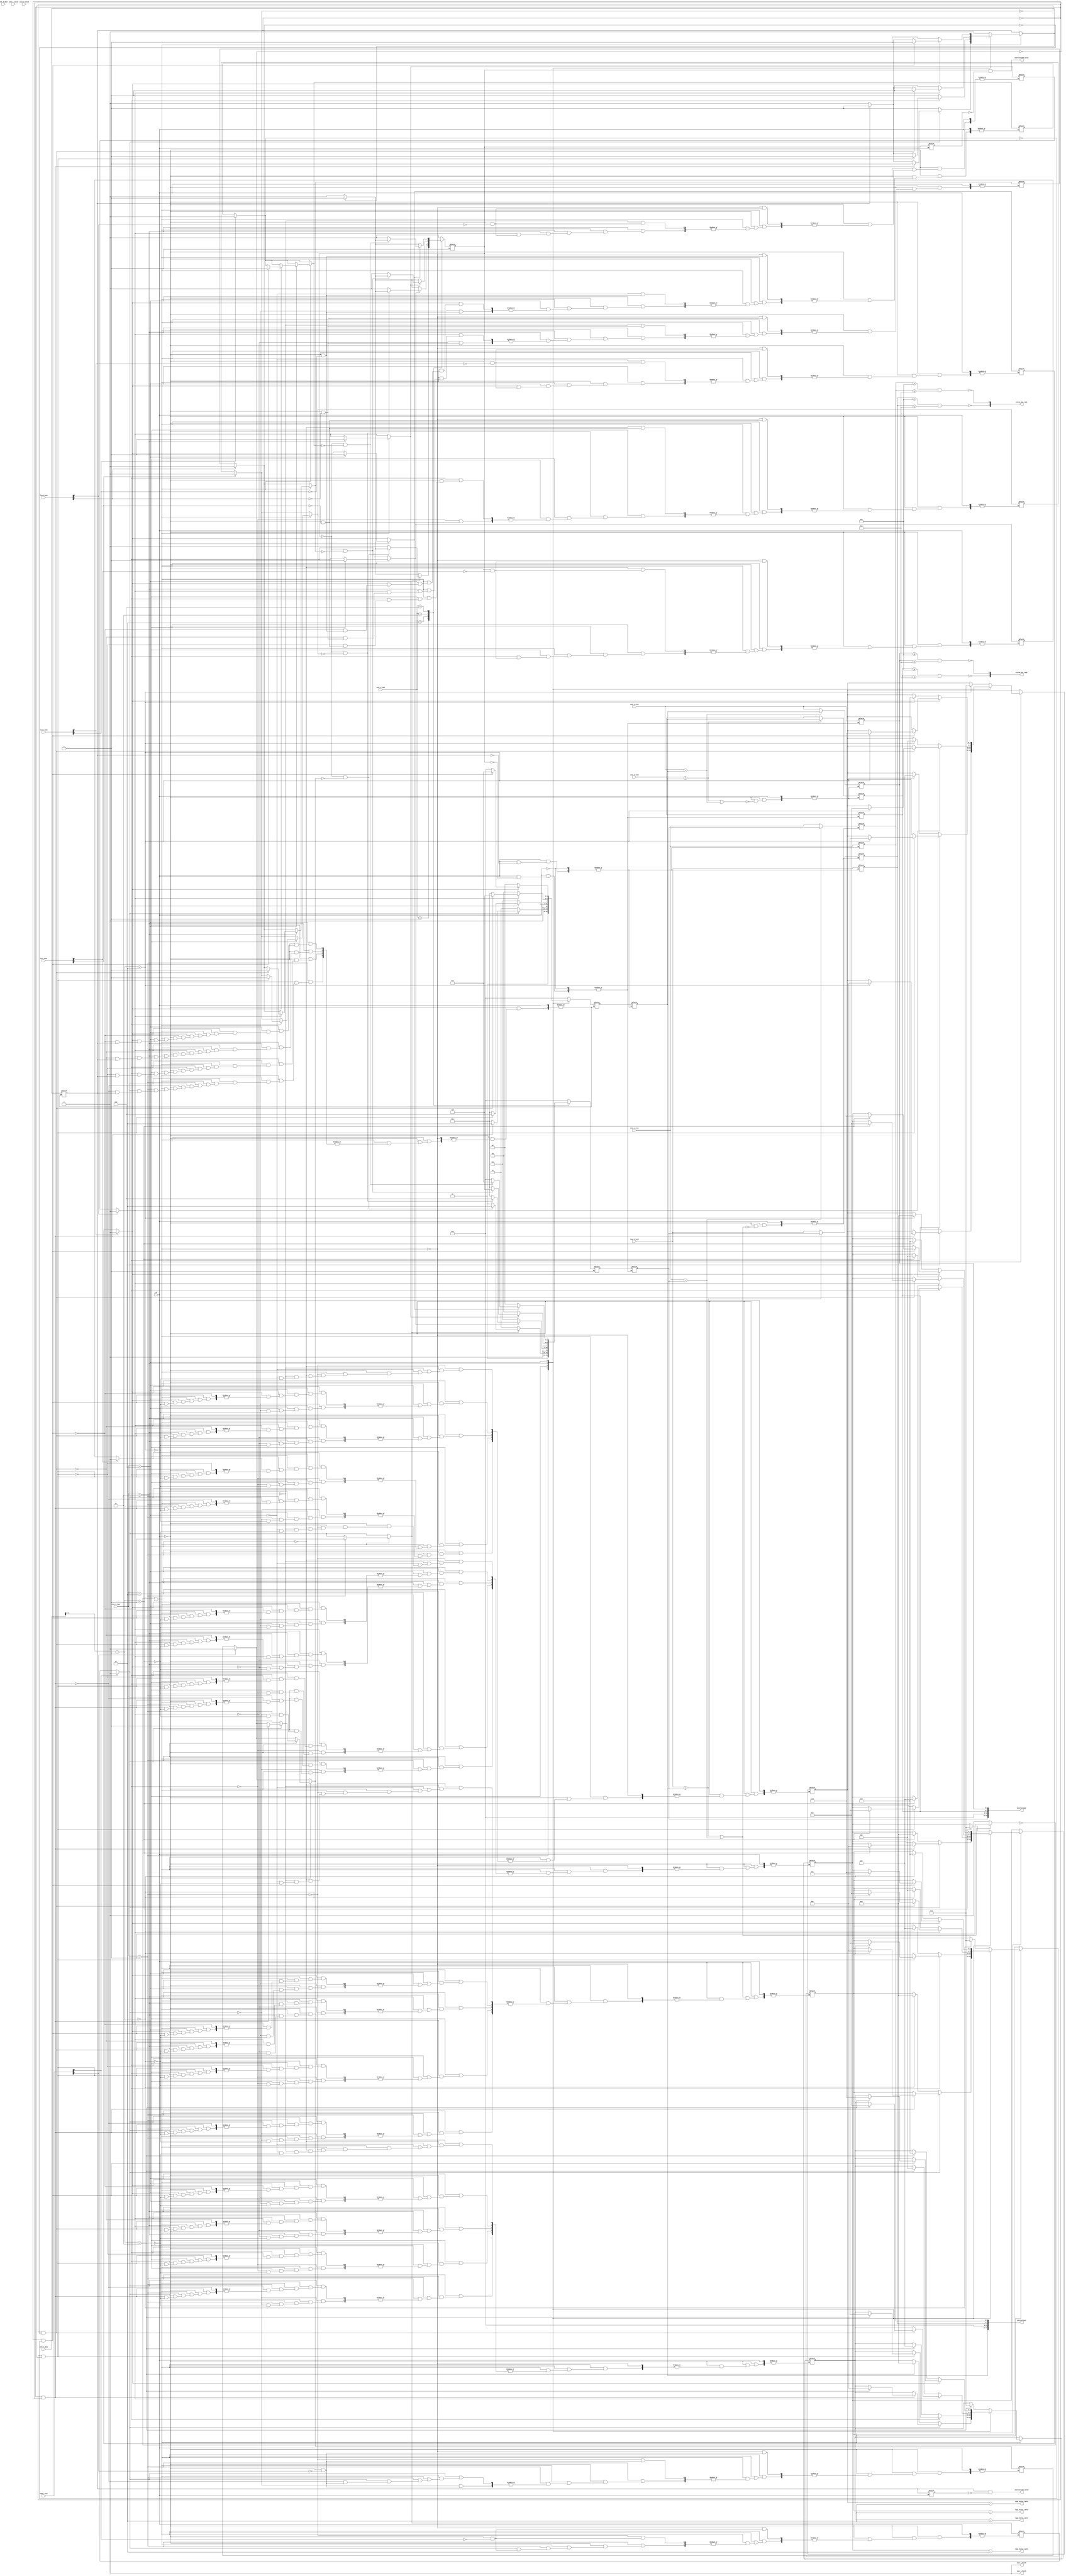
///////////////////////////////////////////////////////////////////////////////////////////
//
// Design Name : inst_dispatch
// Description : Instruction Dispatch Unit
//
///////////////////////////////////////////////////////////////////////////////////////////
module idu #
(
   parameter NUM_RS = 8, // Number of reservation stations in design
   parameter NUM_REG = 4, // Number of registers in the design
   parameter CLK_DELAY    = 2000, // Clock period in ns
   parameter CLK_DELAYBY2 = 1000, // Half Clock period in ns
   parameter INS_PART_WID = 4, // Bitwidth of each part of instruction
   parameter TAG_LEN = 4 // Bit width of tags
)
(
   input clk,

   // Instruction 1 components (First Instruction)
   input inst_1_valid,
   input [INS_PART_WID-1:0] inst_1_type,
   input [INS_PART_WID-1:0] inst_1_dest,
   input [INS_PART_WID-1:0] inst_1_src0,
   input [INS_PART_WID-1:0] inst_1_src1,
   output reg inst_1_fetch,

   // Instruction 2 components (Second Instruction)
   input inst_2_valid,
   input [INS_PART_WID-1:0] inst_2_type,
   input [INS_PART_WID-1:0] inst_2_dest,
   input [INS_PART_WID-1:0] inst_2_src0,
   input [INS_PART_WID-1:0] inst_2_src1,
   output reg inst_2_fetch,

   // Instruction Dispatch Bus 1
   output [INS_PART_WID*4-1:0] instruction1, // <RS_TO_USE, 4'b0000, SOURCE_1, SOURCE_2>
   output                      instruction1_valid,
   output [1:0]                status_bus_tag1,

   // Instruction Dispatch Bus 2
   output [INS_PART_WID*4-1:0] instruction2, // <RS_TO_USE, 4'b0000, SOURCE_1, SOURCE_2>
   output                      instruction2_valid,
   output [1:0]                status_bus_tag2,

   // Done signals from reservation stations
   input [NUM_RS/4-1:0]     adder_done,
   input [NUM_RS/4-1:0]     mult_done,
   input [NUM_RS/4-1:0]     fetch_done,
   input [NUM_RS/4-1:0]     store_done,

   // Register status table to outside logic
   output reg [TAG_LEN+1-1:0]  reg1_status_table, 
   output reg [TAG_LEN+1-1:0]  reg2_status_table, 
   output reg [TAG_LEN+1-1:0]  reg3_status_table, 
   output reg [TAG_LEN+1-1:0]  reg4_status_table 

);

// Define reservation station IDs
localparam ADD_0   = 4'b0001; localparam ADD_1   = 4'b0010;
localparam MULT_0  = 4'b0011; localparam MULT_1  = 4'b0100;
localparam FETCH_0 = 4'b0101; localparam FETCH_1 = 4'b0110;
localparam STORE_0 = 4'b0111; localparam STORE_1 = 4'b1000;


// Reservation Status table: Stores the busy status
// for each reservation station
reg rs_status_table[0:NUM_RS] ;

assign rs_stat_0 = rs_status_table[1];
assign rs_stat_1 = rs_status_table[2];
assign rs_stat_2 = rs_status_table[3];
assign rs_stat_3 = rs_status_table[4];
assign rs_stat_4 = rs_status_table[5];
assign rs_stat_5 = rs_status_table[6];
assign rs_stat_6 = rs_status_table[7];
assign rs_stat_7 = rs_status_table[8];

// Register Status table: Stores the tag from
// which each register obtains its value + status
// bit which indicates whether it's busy
reg [TAG_LEN+1-1:0] reg_status_table[0:NUM_REG] ;

reg dispatch_inst1_d,dispatch_inst1_2d;
reg dispatch_inst2_d,dispatch_inst2_2d;

always @(*)
begin
   reg1_status_table = reg_status_table[0]-2;
   reg2_status_table = reg_status_table[1]-2;
   reg3_status_table = reg_status_table[2]-2;
   reg4_status_table = reg_status_table[3]-2;
end

// Wires and signals
reg [TAG_LEN-1:0] instruction1_src0, instruction1_src1, instruction2_src0, instruction2_src1;
reg [TAG_LEN-1:0] instruction1_rs, instruction2_rs;
reg               inst1_stall, inst2_stall;
reg               dispatch_inst1, dispatch_inst2;
reg [TAG_LEN-1:0] inst1_rs, inst2_rs;
wire              inst2_to_inst1;
integer           i;

initial begin
for( i =0; i<=NUM_RS; i=i+1)
    rs_status_table[i] = 0;
for( i =0; i<=NUM_REG; i=i+1)
    reg_status_table[i] = 0;
end

// Instruction 1 and 2 : Check for dependencies
always @(*)
if(!clk)  // Negative phase of clock
begin // {
   // Reset busy status for each reservation station upon completion of operation
   if(adder_done[0]) rs_status_table[ADD_0]   = 0;  if(adder_done[1]) rs_status_table[ADD_1]   = 0; 
   if(mult_done[0])  rs_status_table[MULT_0]  = 0;  if(mult_done[1])  rs_status_table[MULT_1]  = 0;
   if(fetch_done[0]) rs_status_table[FETCH_0] = 0;  if(fetch_done[1]) rs_status_table[FETCH_1] = 0;
   if(store_done[0]) rs_status_table[STORE_0] = 0;  if(store_done[1]) rs_status_table[STORE_1] = 0;

   ////////////////////////////////////////////////////////////////////////////////////////
   // INSTRUCTION 1 DEPENDENCY CHECKS
   ////////////////////////////////////////////////////////////////////////////////////////
   if( (inst_1_src0 == instruction2_rs) || (inst_1_src1 == instruction2_rs) )  // RAW hazard check
   begin
       instruction1_src0 = (inst_1_src0 == instruction2_rs) ? instruction2_rs : inst_1_src0;      
       instruction1_src1 = (inst_1_src1 == instruction2_rs) ? instruction2_rs : inst_1_src1;      
       inst1_stall = 1;
   end else
       inst1_stall = 0;
   if (!inst1_stall || inst2_to_inst1) begin // {
      case(inst_1_type) // {
      4'b0001: begin // ADD instruction
                  if(rs_status_table[ADD_0] != 1) begin // Check if ADD_0 RS is busy
                      dispatch_inst1          = 1;
                      inst1_rs                = ADD_0;
                      rs_status_table[ADD_0]  = 1; // Make ADD_0 busy
                      reg_status_table[inst_1_dest-9] = {ADD_0, 1'b1}; 
                  end else if(!dispatch_inst1 && rs_status_table[ADD_1] != 1) begin // Check if ADD_1 is busy
                      dispatch_inst1          = 1;
                      inst1_rs                = ADD_1;
                      rs_status_table[ADD_1]  = 1; // Make ADD_1 busy
                      reg_status_table[inst_1_dest-9] = {ADD_1, 1'b1}; 
                  end else if (!dispatch_inst1) begin
                      dispatch_inst1          = 0;
                      inst1_rs                = 0;
                  end
               end
      4'b0010: begin // MULT instruction
                  if(rs_status_table[MULT_0] != 1) begin // Check if MULT_0 RS is busy
                      dispatch_inst1          = 1;
                      inst1_rs                = MULT_0;
                      rs_status_table[MULT_0]  = 1; // Make MULT_0 busy
                      reg_status_table[inst_1_dest-9] = {MULT_0, 1'b1}; 
                  end else if(!dispatch_inst1 && rs_status_table[MULT_1] != 1) begin // Check if MULT_1 is busy
                      dispatch_inst1          = 1;
                      inst1_rs                = MULT_1;
                      rs_status_table[MULT_1]  = 1; // Make MULT_1 busy
                      reg_status_table[inst_1_dest-9] = {MULT_1, 1'b1}; 
                  end else if (!dispatch_inst1) begin
                      dispatch_inst1          = 0;
                      inst1_rs                = 0;
                  end
               end
      4'b0011: begin // FETCH instruction
                  if(rs_status_table[FETCH_0] != 1) begin // Check if FETCH_0 RS is busy
                      dispatch_inst1          = 1;
                      inst1_rs                = FETCH_0;
                      rs_status_table[FETCH_0]  = 1; // Make FETCH_0 busy
                      reg_status_table[inst_1_dest-9] = {FETCH_0, 1'b1}; 
                  end else if(!dispatch_inst1 && rs_status_table[FETCH_1] != 1) begin // Check if FETCH_1 is busy
                      dispatch_inst1          = 1;
                      inst1_rs                = FETCH_1;
                      rs_status_table[FETCH_1]  = 1; // Make FETCH_1 busy
                      reg_status_table[inst_1_dest-9] = {FETCH_1, 1'b1}; 
                  end else if (!dispatch_inst1) begin
                      dispatch_inst1          = 0;
                      inst1_rs                = 0;
                  end
               end
      4'b0100: begin // STORE instruction
                  if(rs_status_table[STORE_0] != 1) begin // Check if STORE_0 RS is busy
                      dispatch_inst1          = 1;
                      inst1_rs                = STORE_0;
                      rs_status_table[STORE_0]  = 1; // Make STORE_0 busy
                      reg_status_table[inst_1_dest-9] = {STORE_0, 1'b1}; 
                  end else if(!dispatch_inst1 && rs_status_table[STORE_1] != 1) begin // Check if STORE_1 is busy
                      dispatch_inst1          = 1;
                      inst1_rs                = STORE_1;
                      rs_status_table[STORE_1]  = 1; // Make STORE_1 busy
                      reg_status_table[inst_1_dest-9] = {STORE_1, 1'b1}; 
                  end else if (!dispatch_inst1) begin
                      dispatch_inst1          = 0;
                      inst1_rs                = 0;
                  end
               end
      default : begin // Illegal instruction
                      dispatch_inst1          = 0;
                      inst1_rs                = 0;
                      reg_status_table[inst_1_dest-9] = 0; 
                end
      endcase // }
   end // }
   ////////////////////////////////////////////////////////////////////////////////////////
   // INSTRUCTION 2 DEPENDENCY CHECKS
   ////////////////////////////////////////////////////////////////////////////////////////
   if( (inst_2_src0 == instruction1_rs) || (inst_2_src1 == instruction1_rs) )  // RAW hazard check
   begin
       inst2_stall = 1;
       instruction2_src0 = (inst_2_src0 == instruction1_rs) ? instruction1_rs : inst_2_src0;      
       instruction2_src1 = (inst_2_src1 == instruction1_rs) ? instruction1_rs : inst_2_src1;      
   end else 
       inst2_stall = 1;
   if(!inst2_stall) begin // {
      case(inst_2_type) // {
      4'b0001: begin // ADD instruction
                  if(rs_status_table[ADD_0] != 1) begin // Check if ADD_0 RS is busy
                      dispatch_inst2          = !dispatch_inst1 ? 1'b0 : 1; // Dispatch inst2 only if dispatch_inst1==1
                      inst2_rs                = ADD_0;
                      rs_status_table[ADD_0]  = 1; // Make ADD_0 busy
                      reg_status_table[inst_2_dest-9] = {ADD_0, 1'b1}; 
                  end else if(!dispatch_inst2 && rs_status_table[ADD_1] != 1) begin // Check if ADD_1 is busy
                      dispatch_inst2          = !dispatch_inst1 ? 1'b0 : 1; // Dispatch inst2 only if dispatch_inst1==1
                      inst2_rs                = ADD_1;
                      rs_status_table[ADD_1]  = 1; // Make ADD_1 busy
                      reg_status_table[inst_2_dest-9] = {ADD_1, 1'b1}; 
                  end else if (!dispatch_inst2) begin
                      dispatch_inst2          = 0;
                      inst2_rs                = 0;
                  end
               end
      4'b0010: begin // MULT instruction
                  if(rs_status_table[MULT_0] != 1) begin // Check if MULT_0 RS is busy
                      dispatch_inst2          = !dispatch_inst1 ? 1'b0 : 1; // Dispatch inst2 only if dispatch_inst1==1
                      inst2_rs                = MULT_0;
                      rs_status_table[MULT_0]  = 1; // Make MULT_0 busy
                      reg_status_table[inst_2_dest-9] = {MULT_0, 1'b1}; 
                  end else if(!dispatch_inst2 && rs_status_table[MULT_1] != 1) begin // Check if MULT_1 is busy
                      dispatch_inst2          = !dispatch_inst1 ? 1'b0 : 1; // Dispatch inst2 only if dispatch_inst1==1
                      inst2_rs                = MULT_1;
                      rs_status_table[MULT_1]  = 1; // Make MULT_1 busy
                      reg_status_table[inst_2_dest-9] = {MULT_1, 1'b1}; 
                  end else if (!dispatch_inst2) begin
                      dispatch_inst2          = 0;
                      inst2_rs                = 0;
                  end
               end
      4'b0011: begin // FETCH instruction
                  if(rs_status_table[FETCH_0] != 1) begin // Check if FETCH_0 RS is busy
                      dispatch_inst2          = !dispatch_inst1 ? 1'b0 : 1; // Dispatch inst2 only if dispatch_inst1==1
                      inst2_rs                = FETCH_0;
                      rs_status_table[FETCH_0]  = 1; // Make FETCH_0 busy
                      reg_status_table[inst_2_dest-9] = {FETCH_0, 1'b1}; 
                  end else if(!dispatch_inst2 && rs_status_table[FETCH_1] != 1) begin // Check if FETCH_1 is busy
                      dispatch_inst2          = !dispatch_inst1 ? 1'b0 : 1; // Dispatch inst2 only if dispatch_inst1==1
                      inst2_rs                = FETCH_1;
                      rs_status_table[FETCH_1]  = 1; // Make FETCH_1 busy
                      reg_status_table[inst_2_dest-9] = {FETCH_1, 1'b1}; 
                  end else if (!dispatch_inst2) begin
                      dispatch_inst2          = 0;
                      inst2_rs                = 0;
                  end
               end
      4'b0100: begin // STORE instruction
                  if(rs_status_table[STORE_0] != 1) begin // Check if STORE_0 RS is busy
                      dispatch_inst2          = !dispatch_inst1 ? 1'b0 : 1; // Dispatch inst2 only if dispatch_inst1==1
                      inst2_rs                = STORE_0;
                      rs_status_table[STORE_0]  = 1; // Make STORE_0 busy
                      reg_status_table[inst_2_dest-9] = {STORE_0, 1'b1}; 
                  end else if(!dispatch_inst2 && rs_status_table[STORE_1] != 1) begin // Check if STORE_1 is busy
                      dispatch_inst2          = !dispatch_inst1 ? 1'b0 : 1; // Dispatch inst2 only if dispatch_inst1==1
                      inst2_rs                = STORE_1;
                      rs_status_table[STORE_1]  = 1; // Make STORE_1 busy
                      reg_status_table[inst_2_dest-9] = {STORE_1, 1'b1}; 
                  end else if (!dispatch_inst2) begin
                      dispatch_inst2          = 0;
                      inst2_rs                = 0;
                  end
               end 
      default : begin // Illegal instruction
                      dispatch_inst2          = 0;
                      inst2_rs                = 0;
                      reg_status_table[inst_2_dest-9] = 0; 
                end
      endcase //}
   end // }

end // }

assign status_bus_tag1[0] = !(instruction1_src1 >= 4'b1001 && instruction1_src1 <= 4'b1100); 
assign status_bus_tag1[1] = !(instruction1_src0 >= 4'b1001 && instruction1_src0 <= 4'b1100); 

assign status_bus_tag2[0] = !(instruction2_src1 >= 4'b1001 && instruction2_src1 <= 4'b1100); 
assign status_bus_tag2[1] = !(instruction2_src0 >= 4'b1001 && instruction2_src0 <= 4'b1100); 

// Dispatch logic
always @(*)
if(clk) // Positive phase of clock
begin
    if(dispatch_inst1)
    begin
        instruction1_rs   = inst1_rs;
        instruction1_src0 = inst_1_src0;
        instruction1_src1 = inst_1_src1;
    end
    if(dispatch_inst2)
    begin
        instruction2_rs   = inst2_rs;
        instruction2_src0 = inst_2_src0;
        instruction2_src1 = inst_2_src1;
    end
end

// Collect outputs
assign instruction1 = {instruction1_rs, 4'b0000, instruction1_src0, instruction1_src1}; 
assign instruction2 = {instruction2_rs, 4'b0000, instruction2_src0, instruction2_src1}; 

// Generate valid signal
always @(*)
if(clk)
begin
    #CLK_DELAYBY2 dispatch_inst1_d  = dispatch_inst1;
end

always @(*)
if(!clk)
begin
    #CLK_DELAYBY2 dispatch_inst1_2d = dispatch_inst1_d;
end

always @(*)
if(clk)
begin
    #CLK_DELAYBY2 dispatch_inst2_d  = dispatch_inst2;
end

always @(*)
if(!clk)
begin
    #CLK_DELAYBY2 dispatch_inst2_2d = dispatch_inst2_d;
end

assign instruction1_valid = dispatch_inst1 & !dispatch_inst1_d;
assign instruction2_valid = dispatch_inst2 & !dispatch_inst2_d;

initial begin
    inst_1_fetch = 1;
    #CLK_DELAY;
    #CLK_DELAYBY2 inst_1_fetch = 0;
end

always @(*)
if(clk)
begin
    if(dispatch_inst1)
    begin
        #CLK_DELAY inst_1_fetch = 1;
        #CLK_DELAY inst_1_fetch = 0;
    end
end

initial begin
    inst_2_fetch = 1;
    #CLK_DELAY;
    #CLK_DELAYBY2 inst_2_fetch = 0;
end

always @(*)
if(clk)
begin
    if(dispatch_inst2)
    begin
        #CLK_DELAY inst_2_fetch = 1;
        #CLK_DELAY inst_2_fetch = 0;
    end
end

endmodule